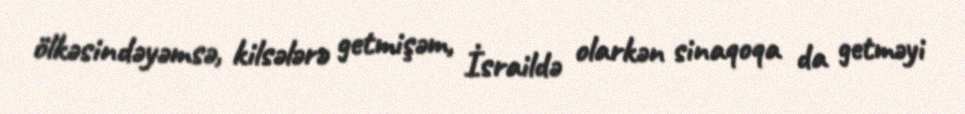
ölkəsindəyəmsə, kilsələrə getmişəm, İsraildə olarkən sinaqoqa da getməyi